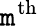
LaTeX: \mathtt{m}^{\mathrm{{th}}}